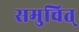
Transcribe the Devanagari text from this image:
समुचित्‌